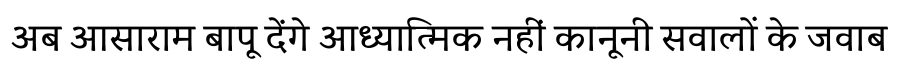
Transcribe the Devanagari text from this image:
अब आसाराम बापू देंगे आध्यात्मिक नहीं कानूनी सवालों के जवाब